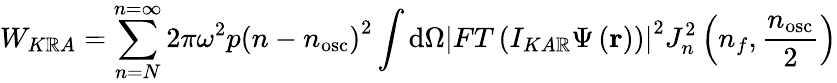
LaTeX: W_{K\mathbb{R}A}=\sum_{n=N}^{n=\infty}2\pi\omega^{2}p\left(n-n_{\mathrm{{osc}}}\right)^{2}\int\mathrm{{d}}\Omega\left|FT\left(I_{KA\mathbb{R}}\Psi\left(\mathbf{{r}}\right)\right)\right|^{2}J_{n}^{2}\left(n_{f},{\frac{{n_{\mathrm{{osc}}}}}{{2}}}\right)